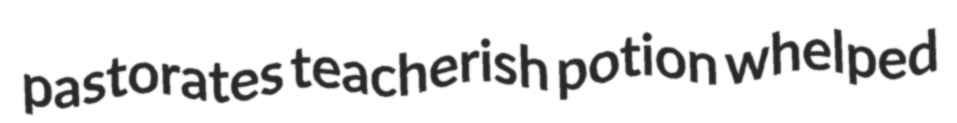
pastorates teacherish potion whelped